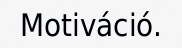
Motiváció.